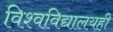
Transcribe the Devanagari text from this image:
विश्वविद्यालयही